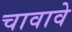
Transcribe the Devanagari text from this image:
चावावे